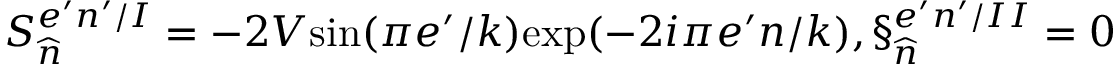
S _ { \widehat { n } } ^ { e ^ { \prime } n ^ { \prime } / I } = - 2 V \mathrm { s i n } ( \pi e ^ { \prime } / k ) \mathrm { e x p } ( - 2 i \pi e ^ { \prime } n / k ) , \S _ { \widehat { n } } ^ { e ^ { \prime } n ^ { \prime } / I I } = 0